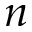
n